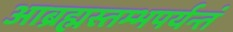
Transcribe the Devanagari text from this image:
आब्रह्मस्तम्भपर्यन्तं